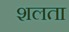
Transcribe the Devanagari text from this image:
शलता